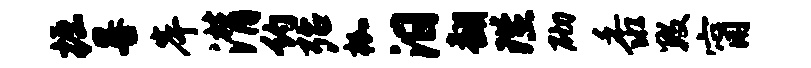
掘晷岸潸约殆枷汨翻陛砌黍数甯